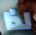
لذا